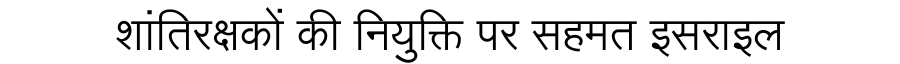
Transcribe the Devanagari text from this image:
शांतिरक्षकों की नियुक्ति पर सहमत इसराइल